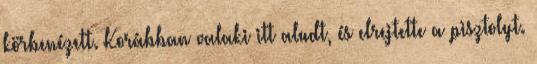
körbenézett. Korábban valaki itt aludt, és elrejtette a pisztolyt.